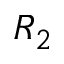
R _ { 2 }